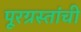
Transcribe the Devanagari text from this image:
पूरग्रस्तांची